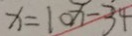
x = 1 0 x - 3 4